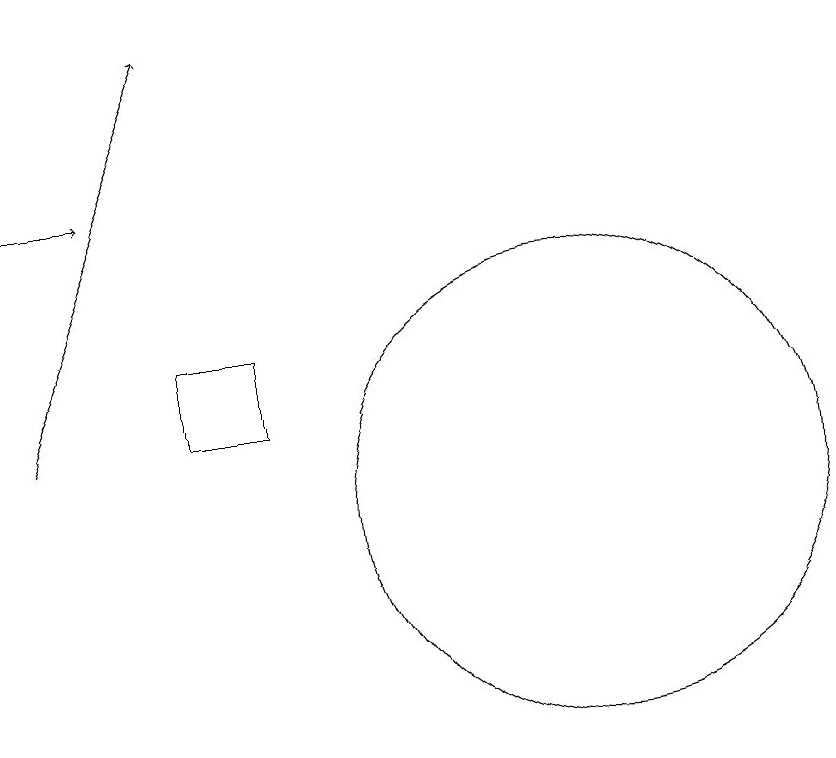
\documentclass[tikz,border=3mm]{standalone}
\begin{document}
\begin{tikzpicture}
\draw (6,13) rectangle (5,12);
\draw[->] (3,15) -- (4,15);
\draw[->] (3,12) -- (5,17);
\draw (10,11) circle (3);
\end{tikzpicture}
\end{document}